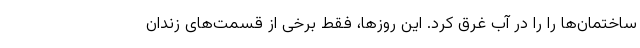
ساختمان‌ها را را در آب غرق کرد. این روز‌ها، فقط برخی از قسمت‌های زندان